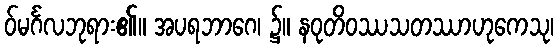
ဝ်မင်္ဂလဘုရား၏။ အပရဘာဂေ၊ ၌။ နဝုတိဝဿသတဿာဟုကေသု၊